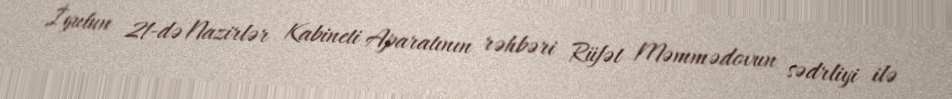
İyulun 21-də Nazirlər Kabineti Aparatının rəhbəri Rüfət Məmmədovun sədrliyi ilə